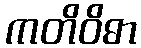
ကတိဝိဓာ